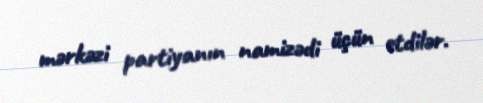
mərkəzi partiyanın namizədi üçün etdilər.